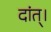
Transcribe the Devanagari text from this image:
दांत्।